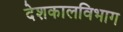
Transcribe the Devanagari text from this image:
देशकालविभाग